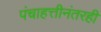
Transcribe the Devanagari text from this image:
पंचाहत्तीनंतरही